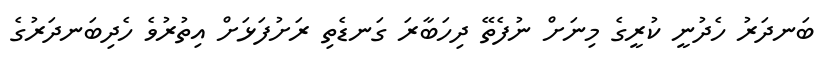
ބަނދަރު ހެދުނީ ކުރީގެ މިނަށް ނުފެތޭ ދިހަބާރަ ގަނޑެތި ރަށުފަޅަށް އިތުރުވެ ހެދިބަނދަރުގެ